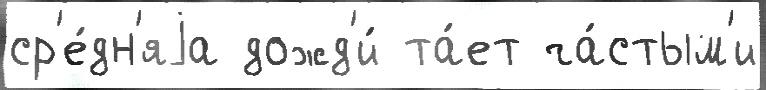
ср'е́дн'яjа дожд'и́ та́ет ча́стым'и